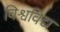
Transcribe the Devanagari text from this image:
विश्वविद्य